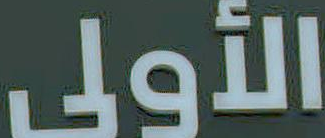
الأولى